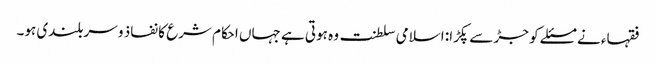
فقہاء نے مسئلے کو جڑ سے پکڑا: اسلامی سلطنت وہ ہوتی ہے جہاں احکام شرع کا نفاذ و سربلندی ہو۔